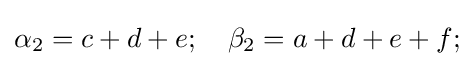
\alpha _{2}=c+d+e;\quad \beta _{2}=a+d+e+f;